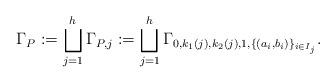
LaTeX: \begin{align*}\Gamma_P:=\bigsqcup_{j=1}^h \Gamma_{P,j}:=\bigsqcup_{j=1}^h \Gamma_{0,k_1(j),k_2(j),1, \{(a_i,b_i)\}_{i\in I_j}}.\end{align*}